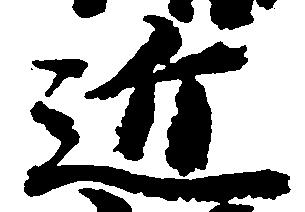
近